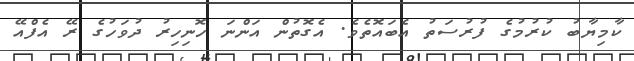
ކާމިޔާބު ކުރުމުގެ ފުރުސަތު އެބައޮތެވެ. އެގޮތުން އަންނަ ހޮނިހިރު ދުވަހުގެ ރޭ އެފްއޭ